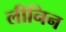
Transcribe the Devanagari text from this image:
लीनिन